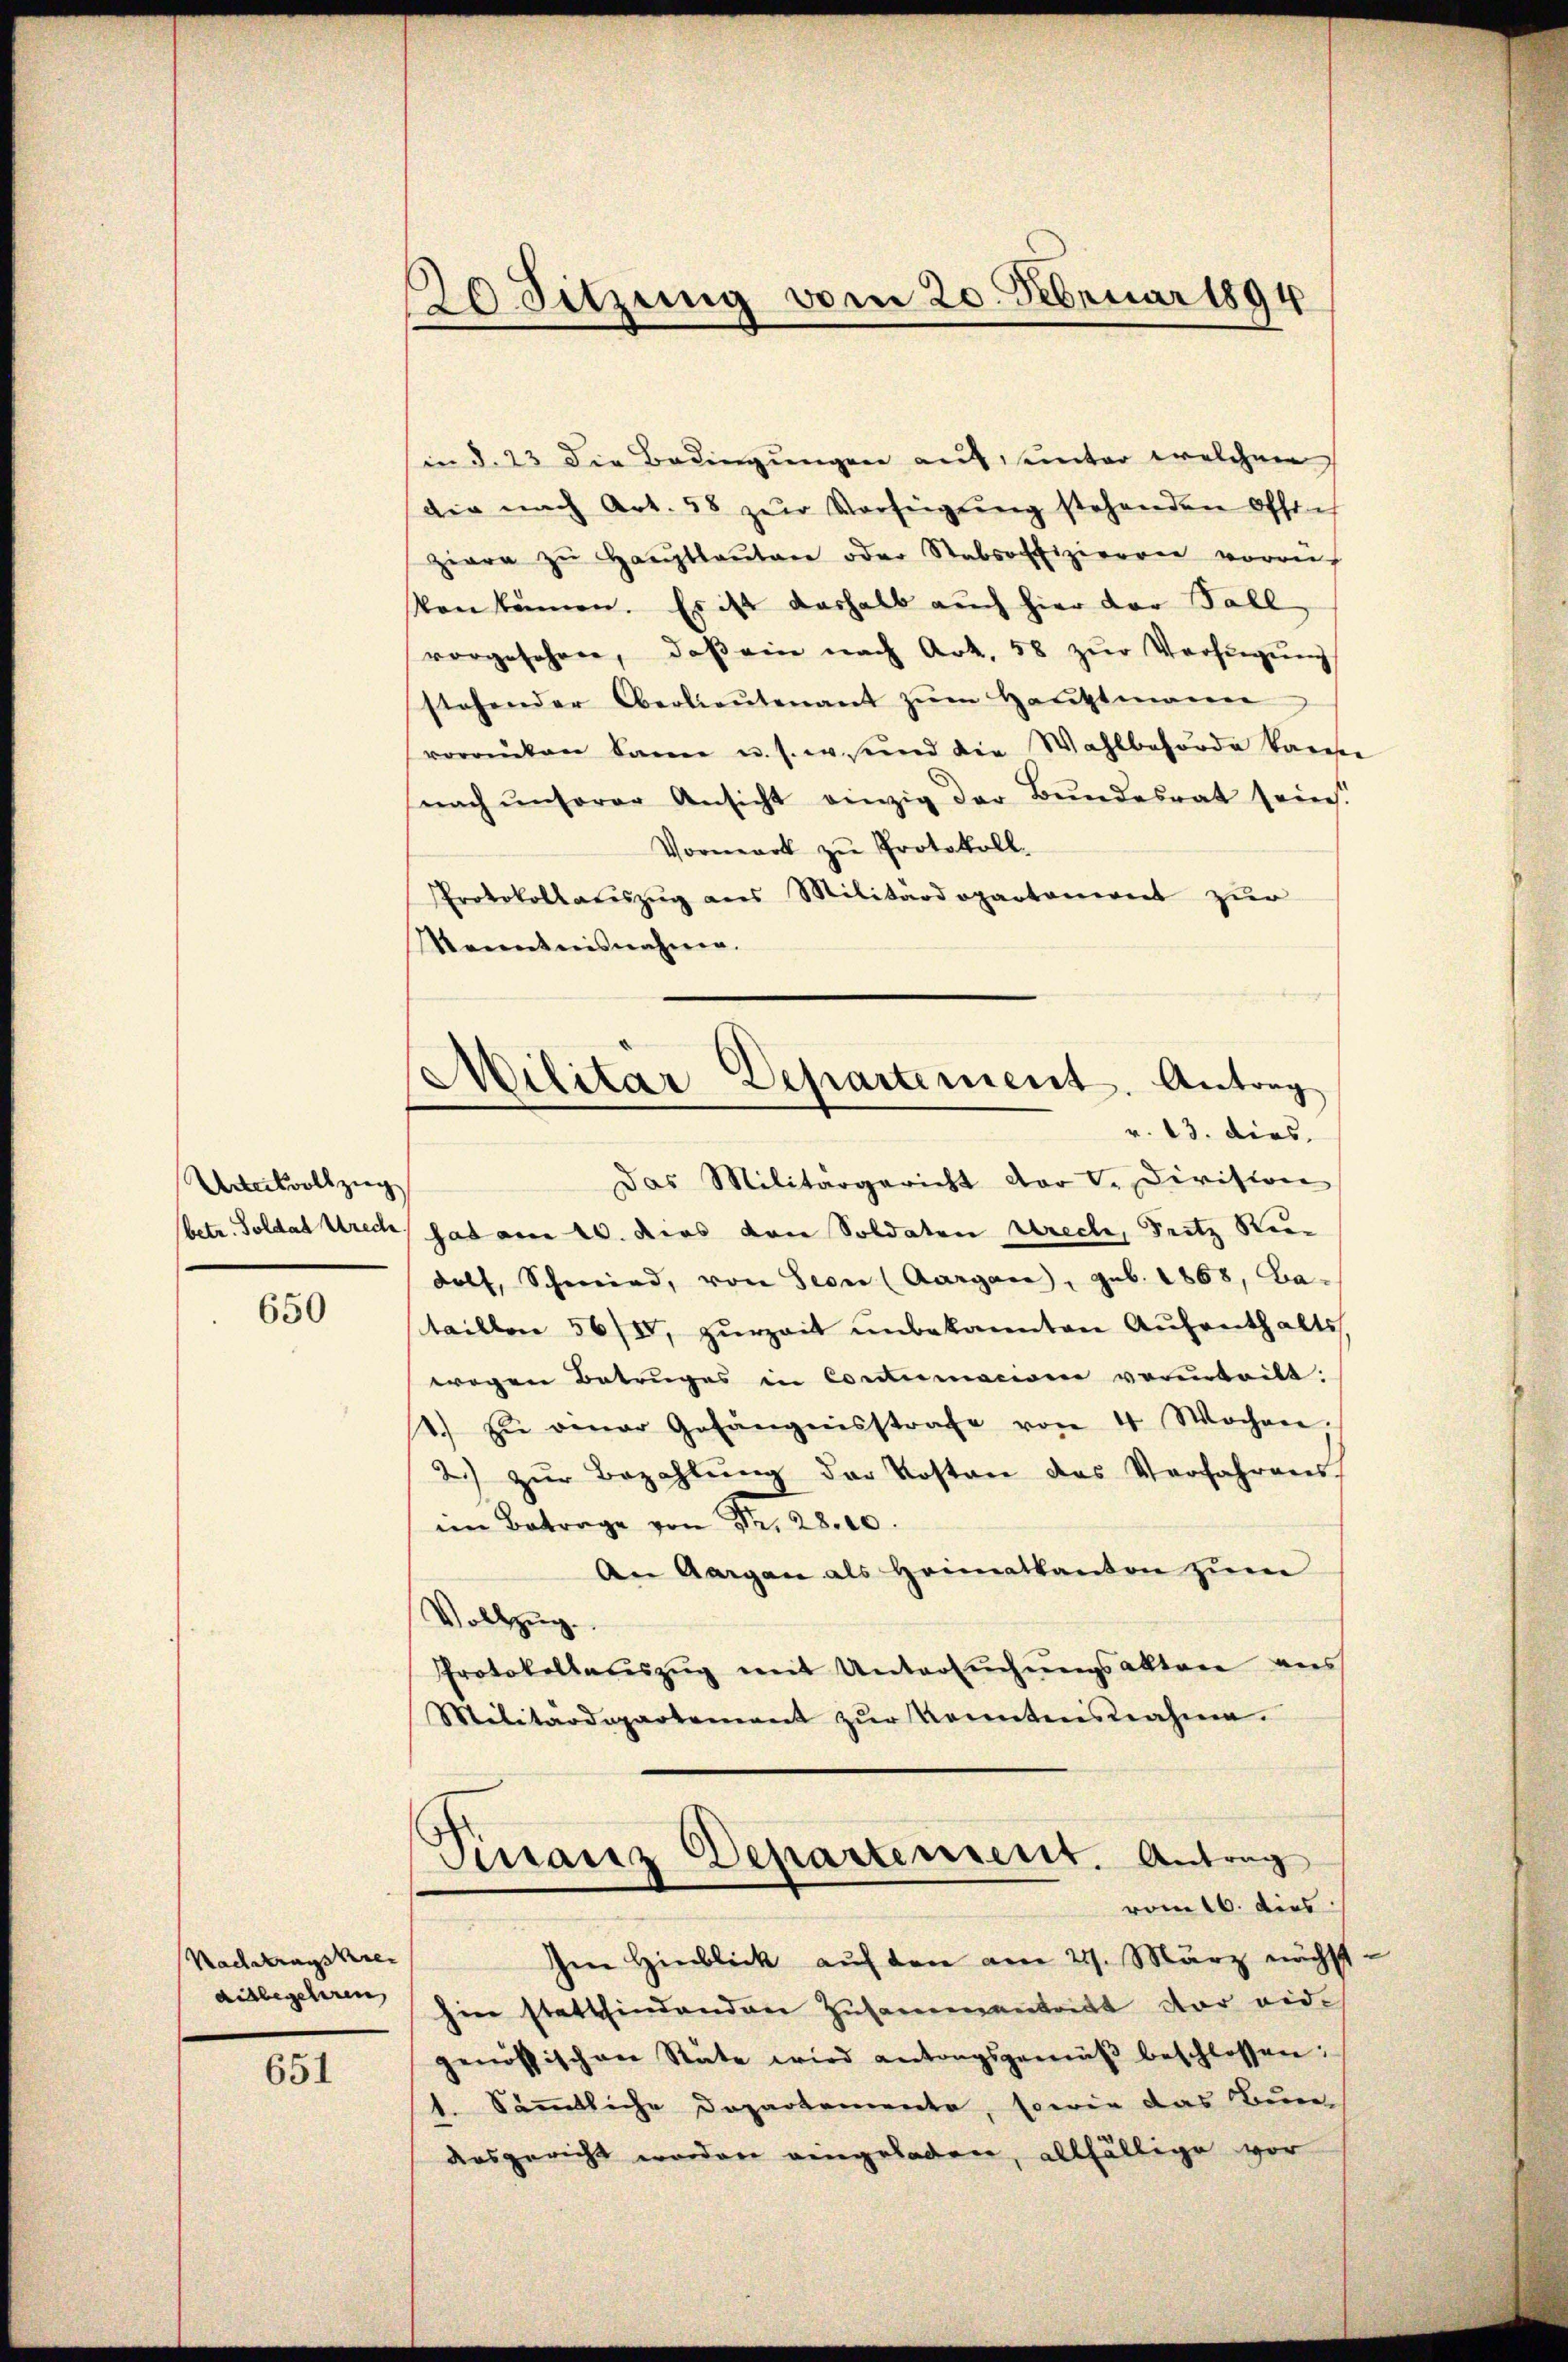
Urteilvollzug

650

Nachtragskre

651

20. Sitzung vom 20. Februar 1894

sin d. 23 die Bedingungen auf, unter welchen
die nach Art. 58 zŭr Verfügŭng stehenden Offich
zirre zu Hauptlauten oder Stabsoffizierren vorauf
Von kämen. Es ist deshalb auch hier der Fall,
vorgesehen, daβ ein nach Art. 58 zŭr Verfügŭng
stehender Oberlieŭtenant zŭm Haŭptmanne
vorrücken kann u. s. w. und die Wahlbehörde kaise
nach ŭnserer Ansicht einzig der Bŭndesrat seine!
Vormark zŭ Protokoll.
Protokollaŭszŭg ans Militärdepartoniret zur
Kenntnisnahme.

Militär-Departement. Antrag
v. 13. dies.

Das Militärgericht dort. Division
betr. Soldat Utrech, das am 10. dies von Soldaten Ureche, Fritz Re
dolf, Schmied, von Seon (Aargau, geb. 1868, Ba-
taillen 56/I, zurzeit unbekannten Aufenthalts
wegen Betruges in Cocclumacione verinteilt.
1.) zu einer Gefängnisstrafe von 4 Wochen.
2.) zŭr Bezahlung der Kosten des Verfahrens
im Betrage von Nr. 2800.
An Aargau als Heimatkanton zŭm
Vollzug.
Protokollauszug mit Untersŭchŭngsalten aus
Militärdepartement zur Kenntnisnahme.
Finanz Departement. Antrag
vom 16. dies
Ien Hinblick auf den am 21. März nächst-
aisbegehren hin stattfindenden Zusammentritt der eid.
genössischen Stäte wird antongsgemäβ beschlossen:
1. Sämmtliche Departemente, sowie das Bur
desgericht worden eingeladen, allfällige vor